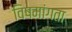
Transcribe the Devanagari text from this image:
विषमांगता